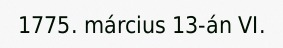
1775. március 13-án VI.